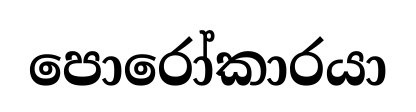
පොරෝකාරයා